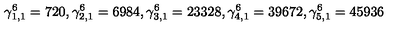
\gamma _ { 1 , 1 } ^ { 6 } = 7 2 0 , \gamma _ { 2 , 1 } ^ { 6 } = 6 9 8 4 , \gamma _ { 3 , 1 } ^ { 6 } = 2 3 3 2 8 , \gamma _ { 4 , 1 } ^ { 6 } = 3 9 6 7 2 , \gamma _ { 5 , 1 } ^ { 6 } = 4 5 9 3 6 \nonumber